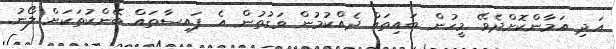
އަދި އަމާންކޮށްދެވޭ މީހުން ބައިތައް ދެއްކުމުން ވަގުތުން އެ ފައިސާތައް ބޭންކުތަކަށް ލޯނު